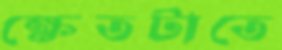
ক্ষেতটাতে